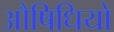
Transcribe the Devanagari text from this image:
औषिधियो